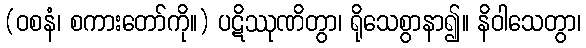
(ဝစနံ၊ စကားတော်ကို။) ပဋိဿုဏိတွာ၊ ရိုသေစွာနာ၍။ နိဝါသေတွာ၊